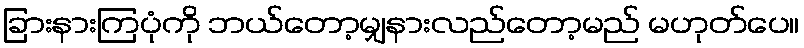
ခြားနားကြပုံကို ဘယ်တော့မျှနားလည်တော့မည် မဟုတ်ပေ။